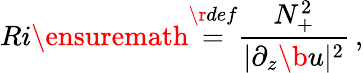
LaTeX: Ri\ensuremath{\stackrel{\r{def}}{=}}\frac{N_{+}^{2}}{|\partial_{z}\b{u}|^{2}}\, ,